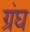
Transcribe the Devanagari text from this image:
ग्रंघ